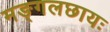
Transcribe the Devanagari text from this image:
मङ्गलछायः